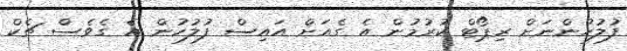
ފުލުހުންނަށް ރިޕޯޓް ކުރުމުން އެ ގެއަށް އައިސް ފުލުހުން އެ ގެވެސް ޗެކް